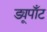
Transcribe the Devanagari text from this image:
ड्यूपाँट